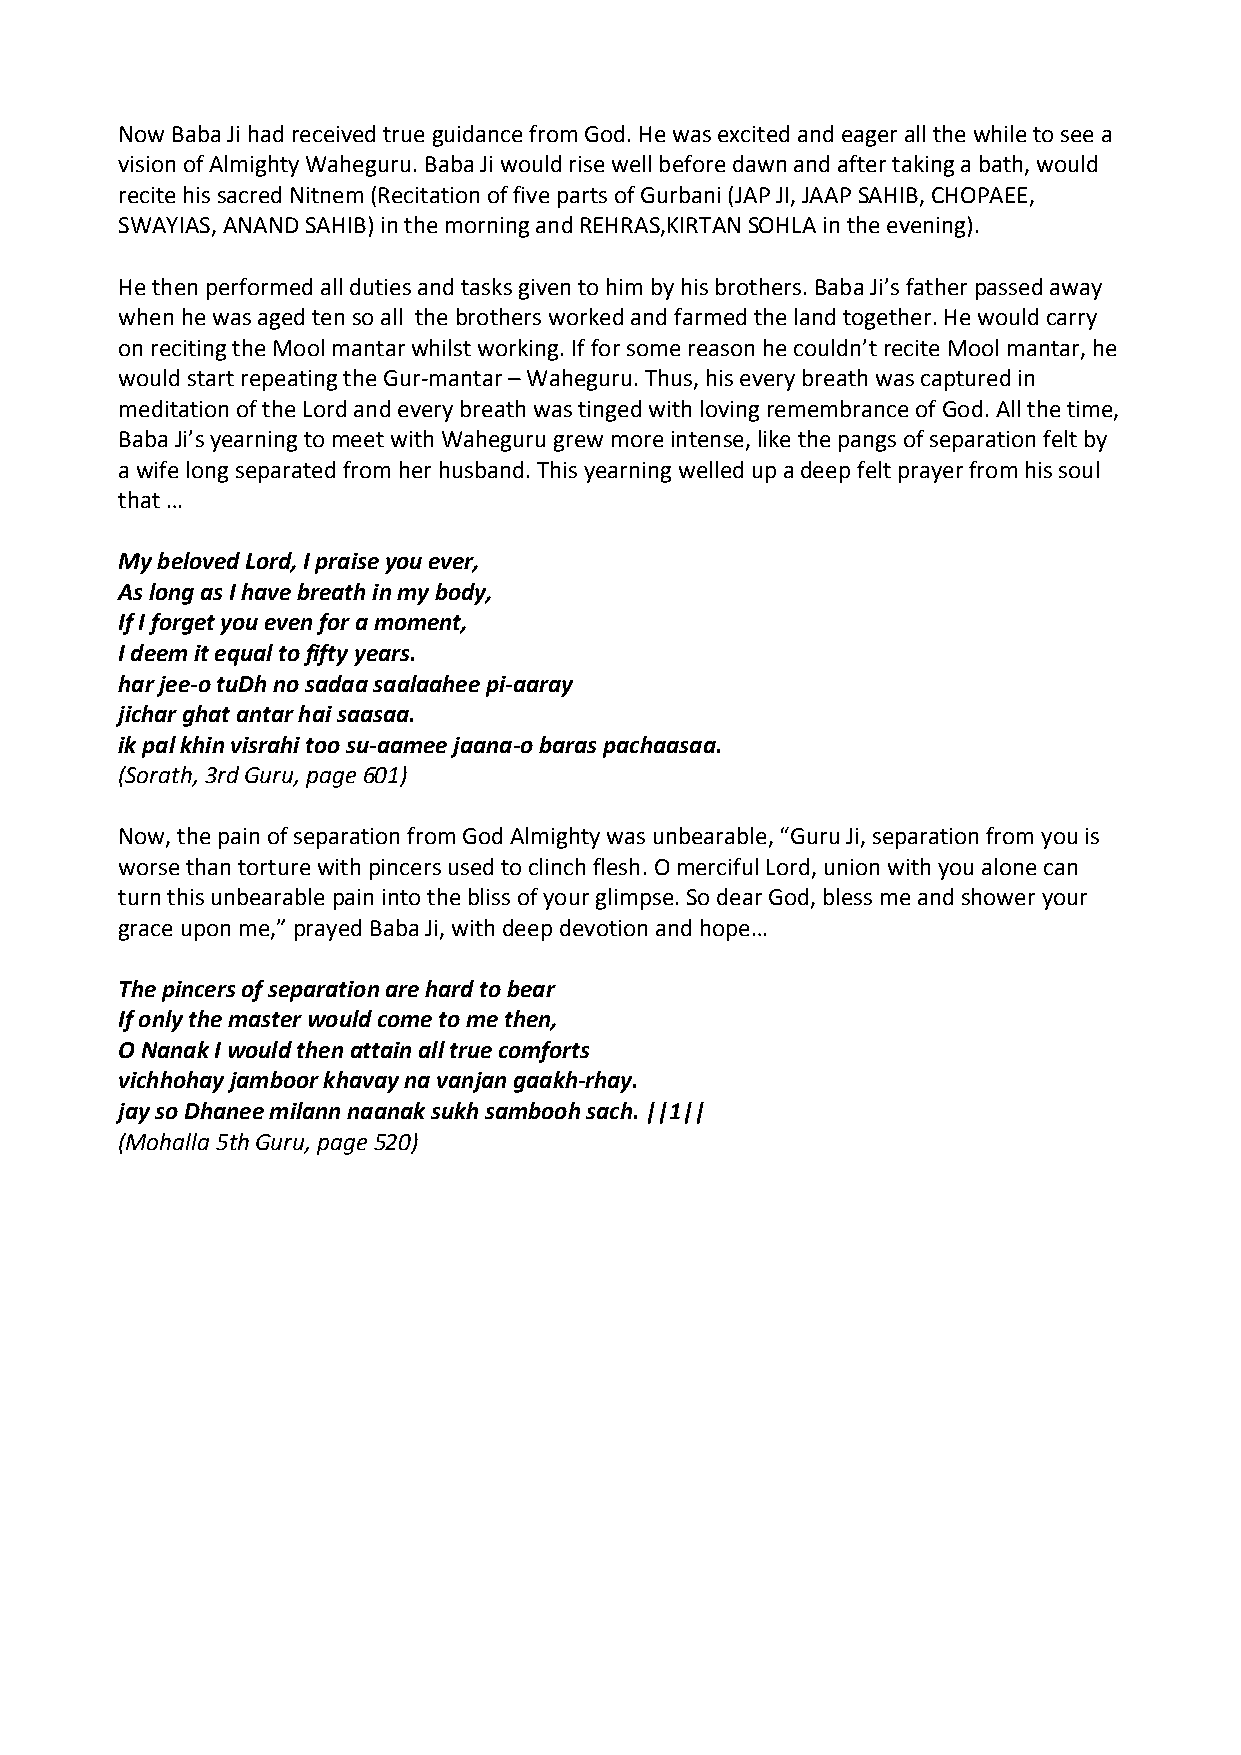
Now Baba Ji had received true guidance from God. He was excited and eager all the while to see a
 vision of Almighty Waheguru. Baba Ji would rise well before dawn and after taking a bath, would
 recite his sacred Nitnem (Recitation of five parts of Gurbani (JAP JI, JAAP SAHIB, CHOPAEE,
 SWAYIAS, ANAND SAHIB) in the morning and REHRAS,KIRTAN SOHLA in the evening).
 He then performed all duties and tasks given to him by his brothers. Baba Ji’s father passed away
 when he was aged ten so all the brothers worked and farmed the land together. He would carry
 on reciting the Mool mantar whilst working. If for some reason he couldn’t recite Mool mantar, he
 would start repeating the Gur‐mantar – Waheguru. Thus, his every breath was captured in
 meditation of the Lord and every breath was tinged with loving remembrance of God. All the time,
 Baba Ji’s yearning to meet with Waheguru grew more intense, like the pangs of separation felt by
 a wife long separated from her husband. This yearning welled up a deep felt prayer from his soul
 that …
 My beloved Lord, I praise you ever,
 As long as I have breath in my body,
 If I forget you even for a moment,
 I deem it equal to fifty years.
 har jee‐o tuDh no sadaa saalaahee pi‐aaray
 jichar ghat antar hai saasaa.
 ik pal khin visrahi too su‐aamee jaana‐o baras pachaasaa.
 (Sorath, 3rd Guru, page 601)
 Now, the pain of separation from God Almighty was unbearable, “Guru Ji, separation from you is
 worse than torture with pincers used to clinch flesh. O merciful Lord, union with you alone can
 turn this unbearable pain into the bliss of your glimpse. So dear God, bless me and shower your
 grace upon me,” prayed Baba Ji, with deep devotion and hope…
 The pincers of separation are hard to bear
 If only the master would come to me then,
 O Nanak I would then attain all true comforts
 vichhohay jamboor khavay na vanjan gaakh‐rhay.
 jay so Dhanee milann naanak sukh sambooh sach. ||1||
 (Mohalla 5th Guru, page 520)